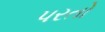
પરતો